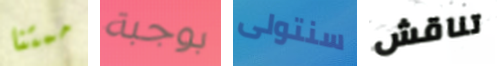
ممتنا بوجبة سنتولى تناقش